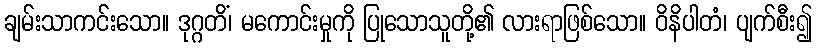
ချမ်းသာကင်းသော။ ဒုဂ္ဂတိံ၊ မကောင်းမှုကို ပြုသောသူတို့၏ လားရာဖြစ်သော။ ဝိနိပါတံ၊ ပျက်စီး၍